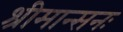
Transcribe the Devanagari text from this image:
श्रीमान्सनः